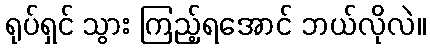
ရုပ်ရှင် သွား ကြည့်ရအောင် ဘယ်လိုလဲ။